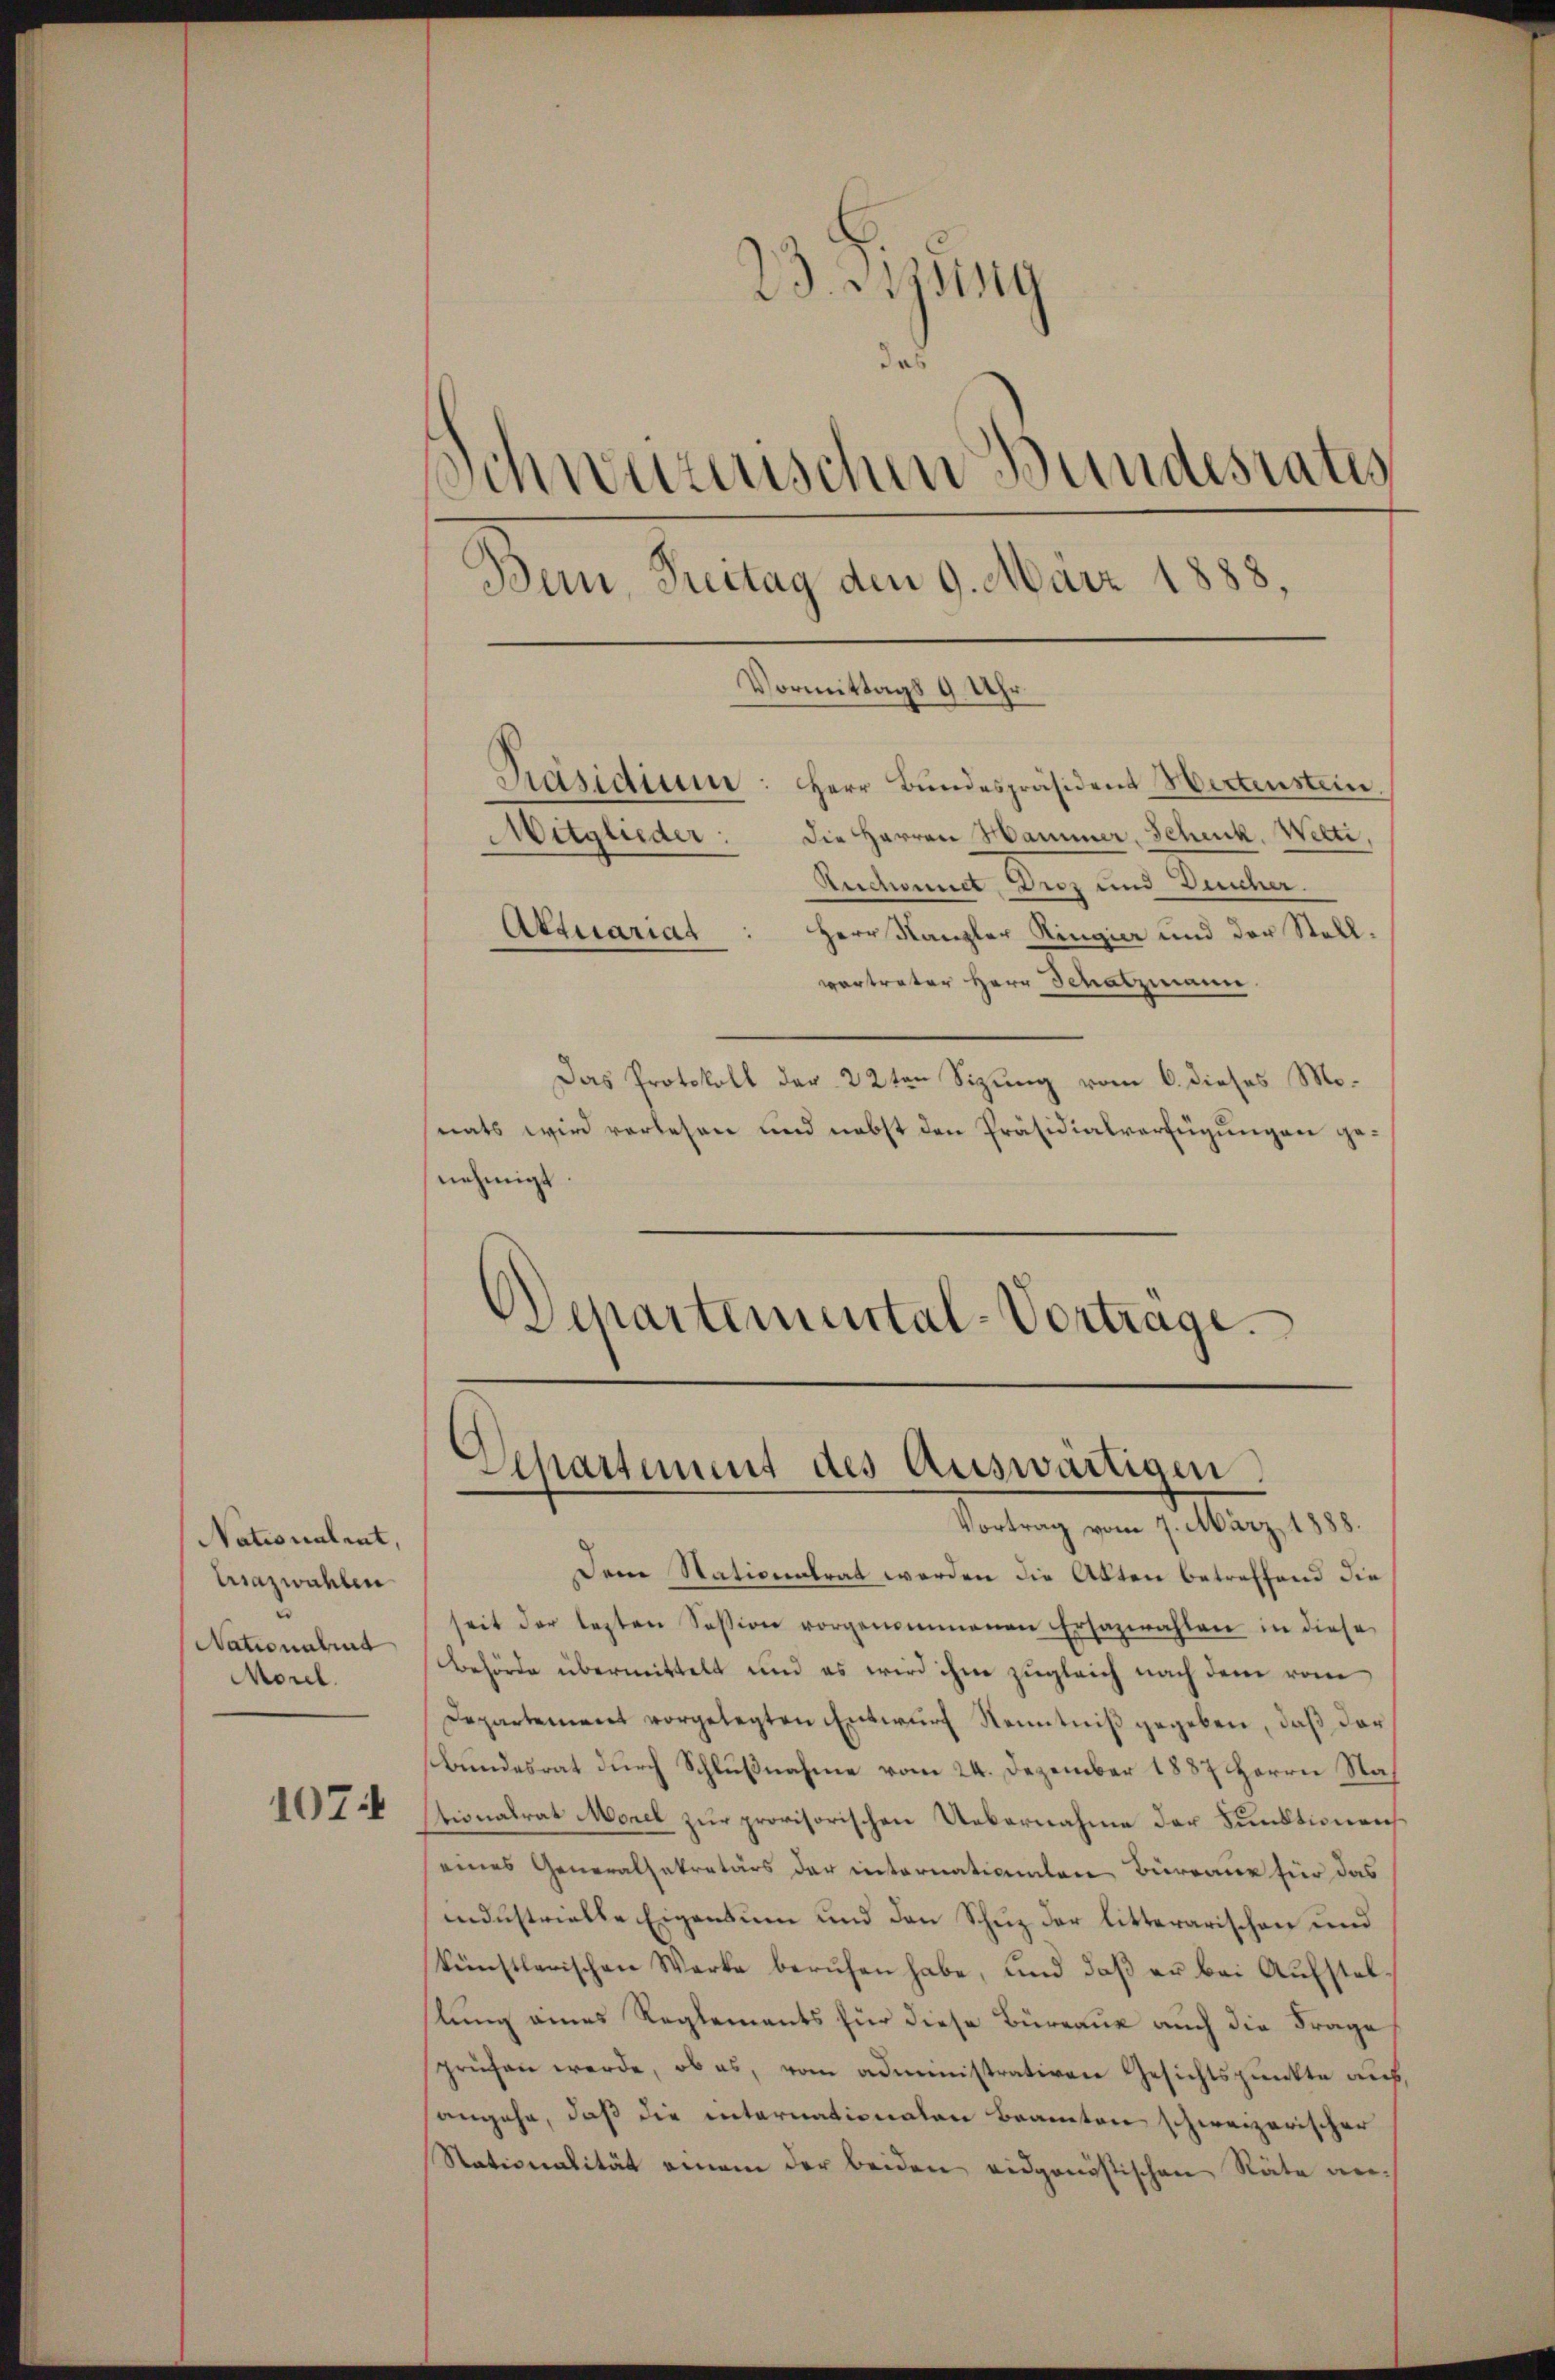
Nationalent,
triazwahlen
Nationalit
Morel.

1074

23. Beysing
das
Schweizerischen Bundesrates
Bern, Freitag den 9. März 1888.
Vormittags 9 Uhr
Präsidium: Herr Bundespräsident Hertenstein.
Mitglieder: die Herren Hammer, Schenk, Welti,
Ruconiert, Derz und Deicher.
Aktuariat: Herr Kanzler Ringier und der Stell-

vertreter Herr Schatzmann.
Das Protokoll der 22ten Sitzung vom 6. dieses Monats wird verlesen und nebst den Präsidialverfügungen genehmigt
Departemental-Vortrage

Departement des Auswärtigen.

Vortrag vom 7. März 1888.
Dem Stationalrat werden die Abten betreffend die
seit der lezten Session vorgenommenen Ersazwahlen in diese
Behörde übermittelt und es wird ihm zugleich nach dem vom
Departement vorgelegten Entwurf Kenntniß gegeben, daß der
Bundesrat durch Schlußnahme vom 24. Dezember 1887 Herrn Nah
tionalrat Morel zur provisorischen Uebernahme der Funktionens
eines Generalsekretärs der internationalen Büreau für das
industrielle Eigentum und den Schuz der litterarischen und
künstlerischen Werke berŭfen habe, und daβ er bei Aŭfstel
slung eines Reglements für diese Büreaux auch die Frage
prüfen werde, ob es, vom administrativen Gesichtspunkte auf,
angehe, daß die internationalen Beamten schweizerischer
Stationalität einem der beiden eidgonistischen Räte an¬